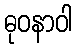
ဓုဝနာဝါ